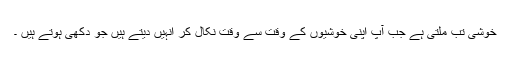
خوشی تب ملتی ہے جب آپ اپنی خوشیوں کے وقت سے وقت نکال کر انہیں دیتے ہیں جو دکھی ہوتے ہیں ۔